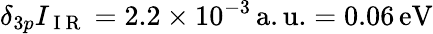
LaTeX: \delta_{3p}I_{\mathrm{~I~R~}}=2.2\times 10^{-3}\, \mathrm{{a.u.}=0.06\, \mathrm{{eV}}}